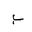
Letter: _ba